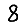
Digit: 8